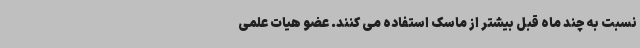
نسبت به چند ماه قبل بیشتر از ماسک استفاده می کنند. عضو هیات علمی